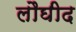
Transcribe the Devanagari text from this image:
लौघीद